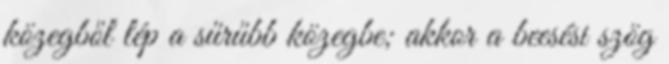
közegből lép a sűrűbb közegbe; akkor a beesési szög